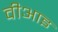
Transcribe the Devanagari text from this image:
वीआइ